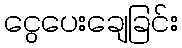
ငွေပေးချေခြင်း